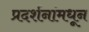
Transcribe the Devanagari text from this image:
प्रदर्शनांमधून